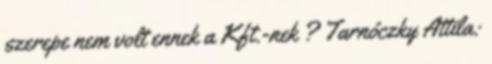
szerepe nem volt ennek a Kft.-nek ? Tarnóczky Attila: